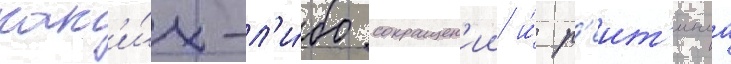
как'и́х-л'и́бо сокращен'ии и́ р'еит'инга